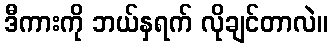
ဒီကားကို ဘယ်နှရက် လိုချင်တာလဲ။